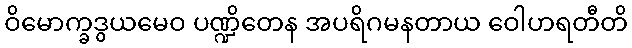
ဝိမောက္ခဒွယမေဝ ပဏ္ဍိတေန အပရိဂမနတာယ ဝေါဟရတီတိ